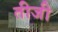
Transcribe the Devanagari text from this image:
तीजी